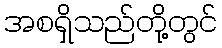
အစရှိသည်တို့တွင်